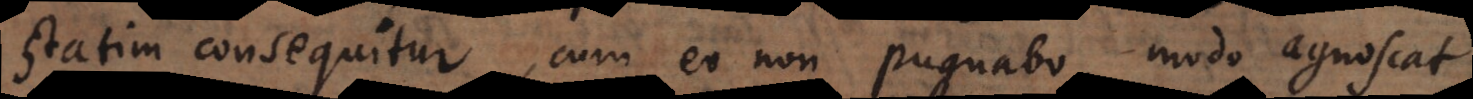
statim consequitur, cum eo non pugnabo, modo agnoscat,